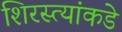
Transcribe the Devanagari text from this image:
शिरस्त्यांकडे